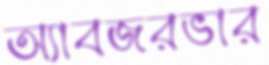
অ্যাবজরভার